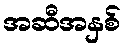
အဆီအနှစ်